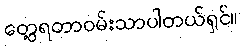
တွေ့ရတာဝမ်းသာပါတယ်ရှင်။